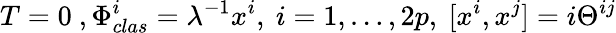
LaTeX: T=0\ ,\Phi_{clas}^{i}=\lambda^{-1}x^{i},\ i=1,\dots,2p,\ [x^{i},x^{j}]=i\Theta^{ij}